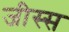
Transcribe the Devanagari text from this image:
जीस्स